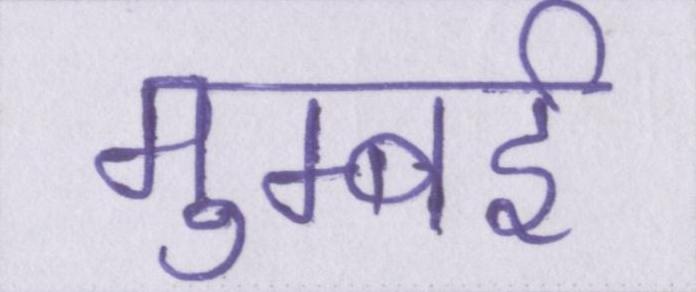
मुम्बई